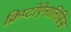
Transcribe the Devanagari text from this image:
क्रिप्टोऐनालिसिस